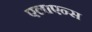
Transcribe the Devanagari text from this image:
एलाएन्स